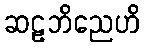
ဆဠဘိညေဟိ